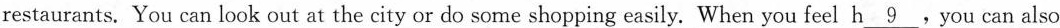
restaurants. You can look out at the city or do some shopping easily. When you feel h\underline{9}，You can also